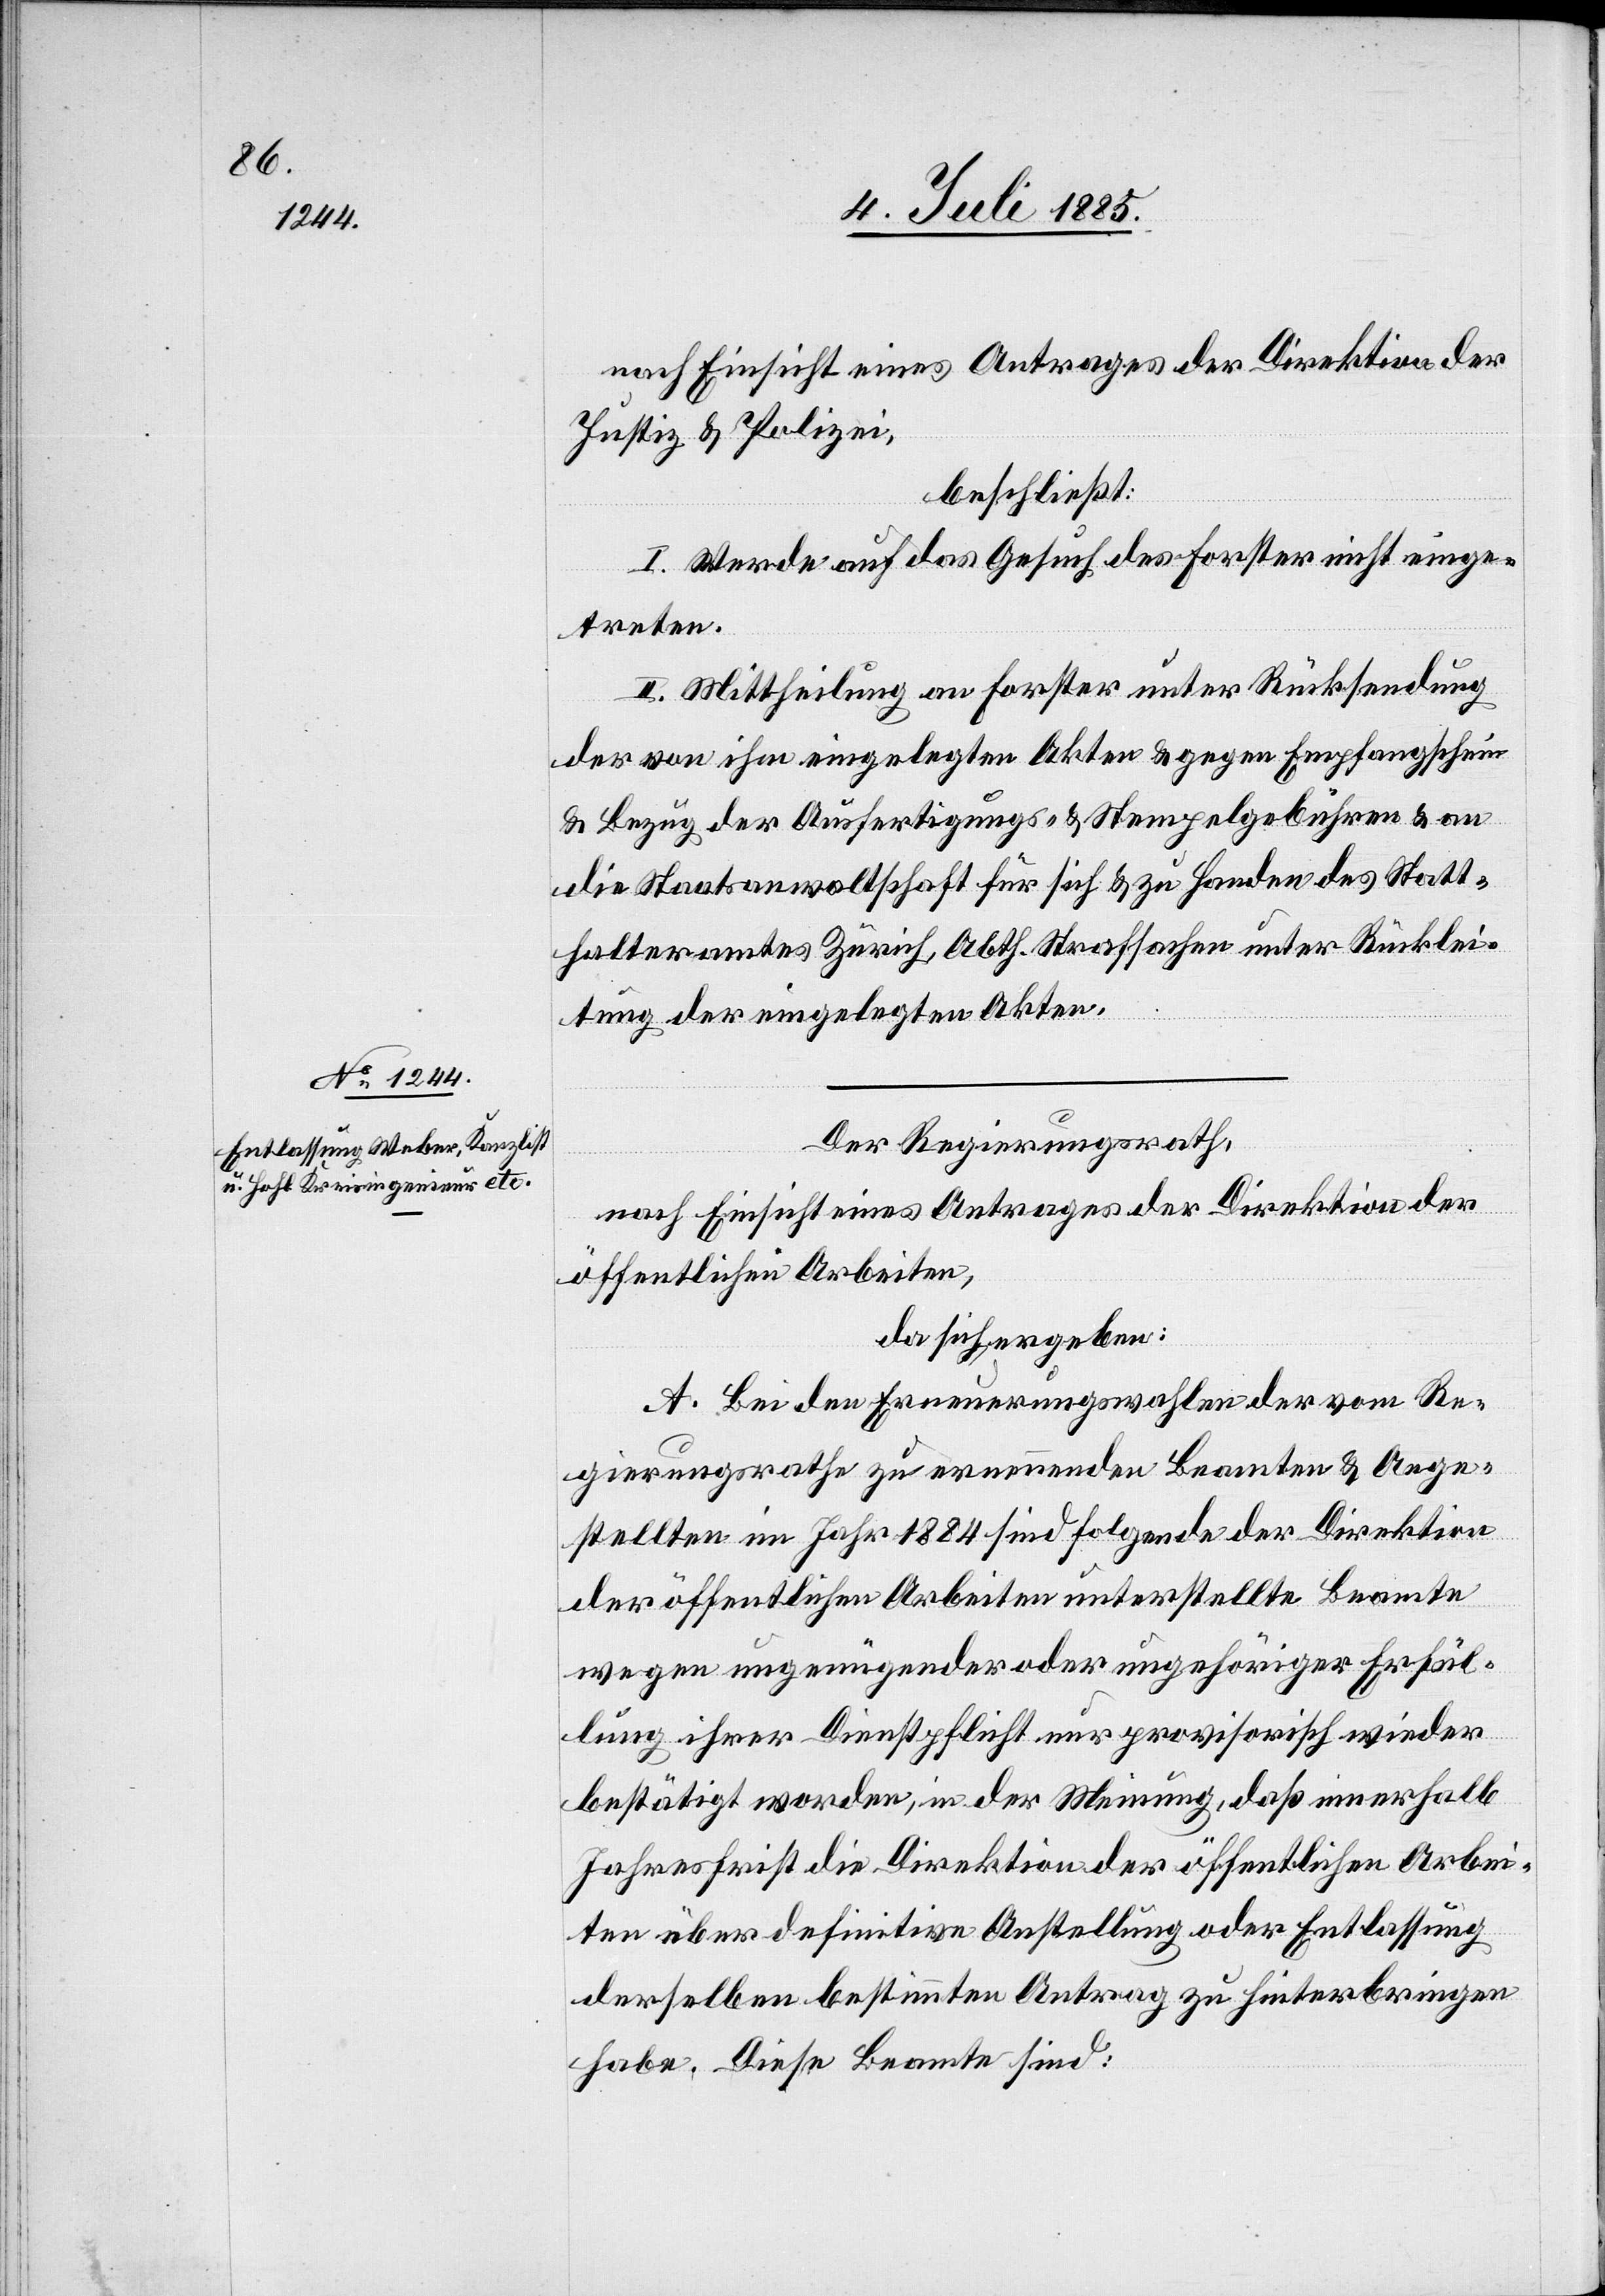
nach Einsicht eines Antrages der Direktion der
Justiz & Polizei,
beschließt:
I. Werde auf das Gesuch des Forster nicht einge¬
treten.
II. Mittheilung an Forster unter Rücksendung
der von ihm eingelegten Akten & gegen Empfangschein
& Bezug der Ausfertigungs- & Stempelgebühren & an
die Staatsanwaltschaft für sich & zu Handen des Statt¬
halteramtes Zürich, Abth. Strafsachen unter Rücklei¬
tung der eingelegten Akten.
Der Regierungsrath,
nach Einsicht eines Antrages der Direktion der
öffentlichen Arbeiten,
da sich ergeben:
A. Bei den Erneuerungswahlen der vom Re¬
gierungsrathe zu ernennenden Beamten & Ange¬
stellten im Jahr 1884 sind folgende der Direktion
der öffentlichen Arbeiten unterstellte Beamte
wegen ungenügender oder ungehöriger Erfül¬
lung ihrer Dienstpflicht nur provisorisch wieder
bestätigt worden, in der Meinung, daß innerhalb
Jahresfrist die Direktion der öffentlichen Arbei¬
ten über definitive Anstellung oder Entlassung
derselben bestimmten Antrag zu hinterbringen
habe. Diese Beamte sind: